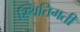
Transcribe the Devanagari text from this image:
स्थितिगती